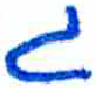
אות: ג